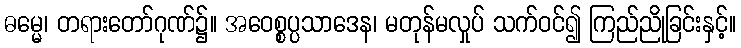
ဓမ္မေ၊ တရားတော်ဂုဏ်၌။ အဝေစ္စပ္ပသာဒေန၊ မတုန်မလှုပ် သက်ဝင်၍ ကြည်ညိုခြင်းနှင့်။